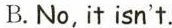
B.No, it isn't.